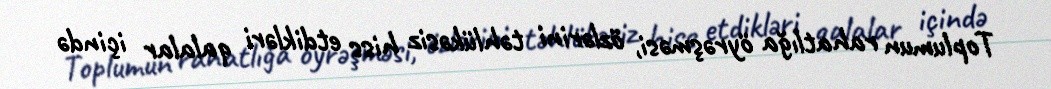
Toplumun rahatlığa öyrəşməsi, özlərini təhlükəsiz hiss etdikləri qalalar içində